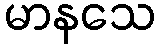
မာနသေ